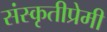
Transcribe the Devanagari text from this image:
संस्कृतीप्रेमी